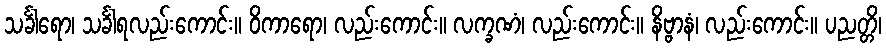
သင်္ခါရော၊ သင်္ခါရလည်းကောင်း။ ဝိကာရော၊ လည်းကောင်း။ လက္ခဏံ၊ လည်းကောင်း။ နိဗ္ဗာနံ၊ လည်းကောင်း။ ပညတ္တိ၊